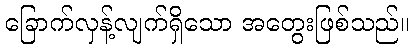
ခြောက်လှန့်လျက်ရှိသော အတွေးဖြစ်သည်။